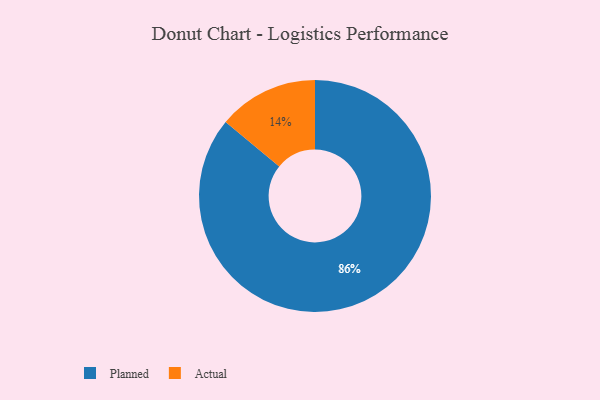
{"axis": {"x": "Category", "y": "Percentage"}, "legend": ["Actual", "Planned"], "data": [{"x": "Actual", "y": 14, "type": "Actual"}, {"x": "Planned", "y": 86, "type": "Planned"}]}